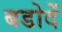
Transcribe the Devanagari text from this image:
बडोदें